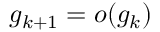
g _ { k + 1 } = o ( g _ { k } )